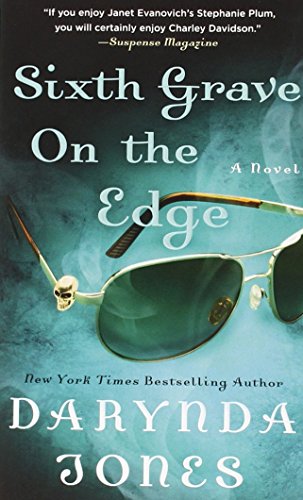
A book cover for Sixth Grave on the Edge (Charley Davidson); Darynda Jones; Mystery, Thriller & Suspense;